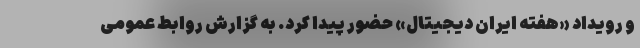
و رویداد «هفته ایران دیجیتال» حضور پیدا کرد. به گزارش روابط عمومی